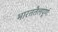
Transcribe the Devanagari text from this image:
भारततैलपूर्णः